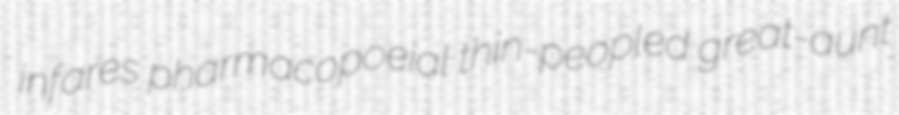
infares pharmacopoeial thin-peopled great-aunt